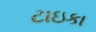
ટાઇકા